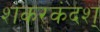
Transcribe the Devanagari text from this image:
शकरकंदश्